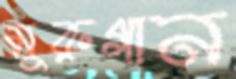
মুরুগান